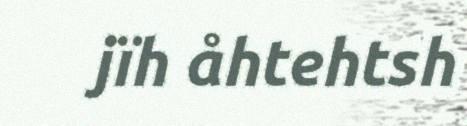
jïh åhtehtsh